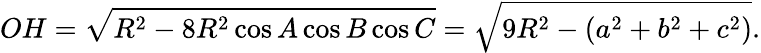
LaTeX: OH={\sqrt{R^{2}-8R^{2}\cos A\cos B\cos C}}={\sqrt{9R^{2}-(a^{2}+b^{2}+c^{2})}}.